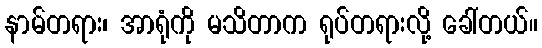
နာမ်တရား၊ အာရုံကို မသိတာက ရုပ်တရားလို့ ခေါ်တယ်။